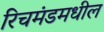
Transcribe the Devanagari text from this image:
रिचमंडमधील